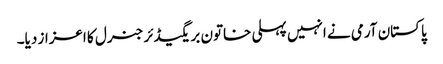
پاکستان آرمی نے انہیں پہلی خاتون بریگیڈئر جنرل کا اعزاز دیا۔